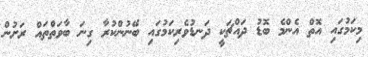
މިކަމުގައި އޮތް އެންމެ ބޮޑު ދައްޗަކީ ދަނޑުވެރިކަމުގައި ބޭނުންކުރާ ގިނަ ބާވަތްތައް ރަށުން